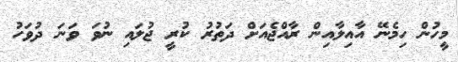
މީހުން ހިމެނޭ އާއިލާއިން ރާއްޖެއަށް ދަތުރު ކުރީ ޖުލައި ނުވަ ވަނަ ދުވަހު